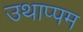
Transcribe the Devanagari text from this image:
उथाप्पम